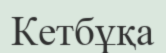
Кетбұқа